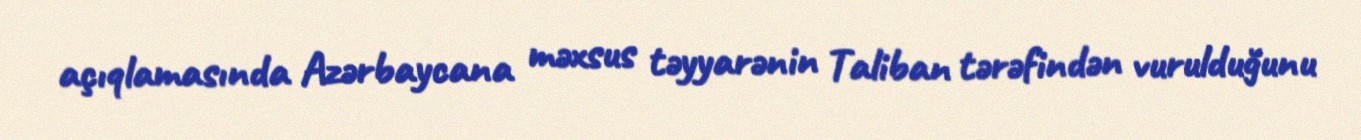
açıqlamasında Azərbaycana məxsus təyyarənin Taliban tərəfindən vurulduğunu